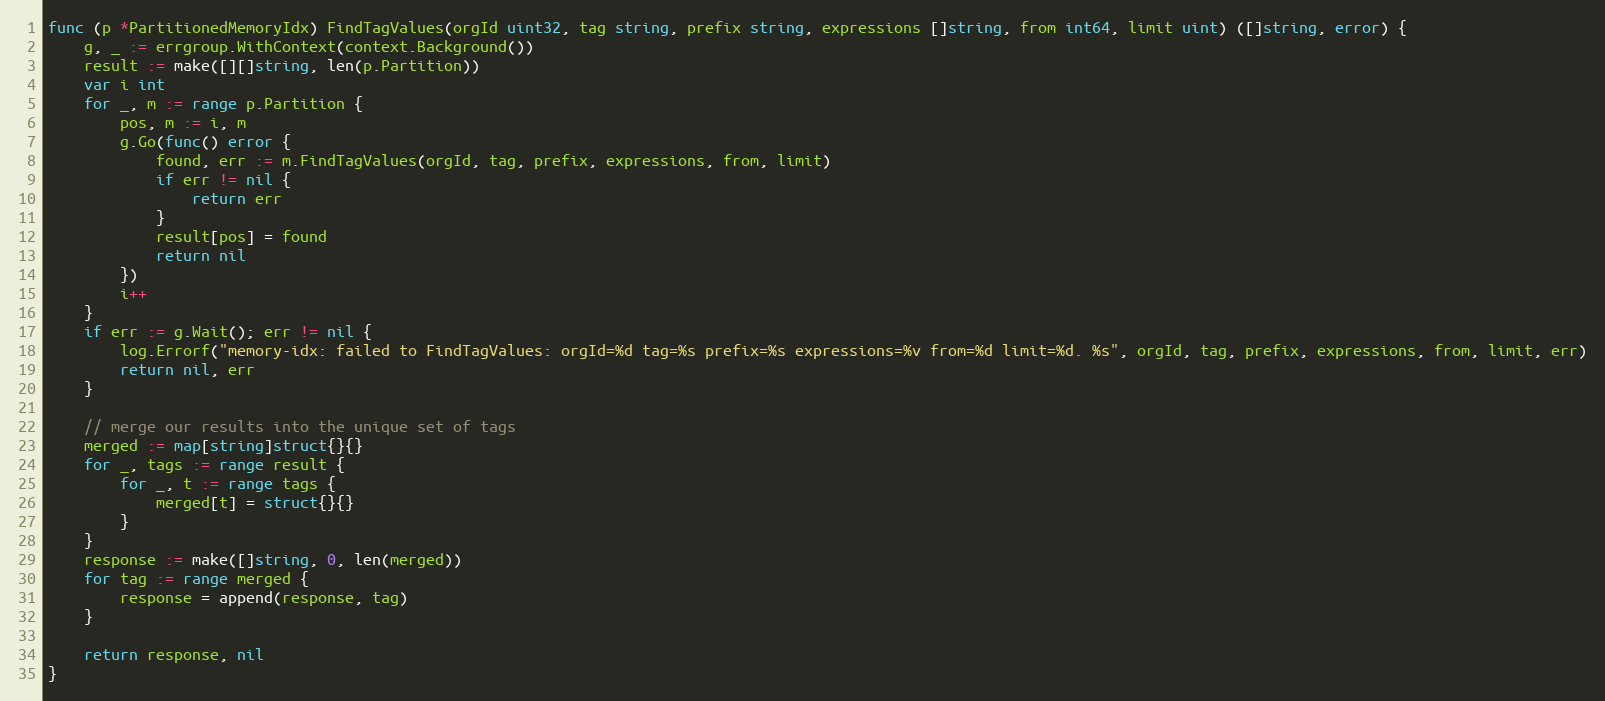
Language: Go
func (p *PartitionedMemoryIdx) FindTagValues(orgId uint32, tag string, prefix string, expressions []string, from int64, limit uint) ([]string, error) {
	g, _ := errgroup.WithContext(context.Background())
	result := make([][]string, len(p.Partition))
	var i int
	for _, m := range p.Partition {
		pos, m := i, m
		g.Go(func() error {
			found, err := m.FindTagValues(orgId, tag, prefix, expressions, from, limit)
			if err != nil {
				return err
			}
			result[pos] = found
			return nil
		})
		i++
	}
	if err := g.Wait(); err != nil {
		log.Errorf("memory-idx: failed to FindTagValues: orgId=%d tag=%s prefix=%s expressions=%v from=%d limit=%d. %s", orgId, tag, prefix, expressions, from, limit, err)
		return nil, err
	}

	// merge our results into the unique set of tags
	merged := map[string]struct{}{}
	for _, tags := range result {
		for _, t := range tags {
			merged[t] = struct{}{}
		}
	}
	response := make([]string, 0, len(merged))
	for tag := range merged {
		response = append(response, tag)
	}

	return response, nil
}